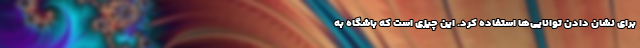
برای نشان دادن توانایی‌ها استفاده کرد. این چیزی است که باشگاه به